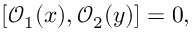
[ \mathcal { O } _ { 1 } ( { x } ) , \mathcal { O } _ { 2 } ( { y } ) ] = 0 ,